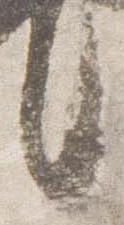
言